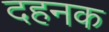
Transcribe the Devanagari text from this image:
दहनक